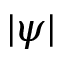
| \psi |